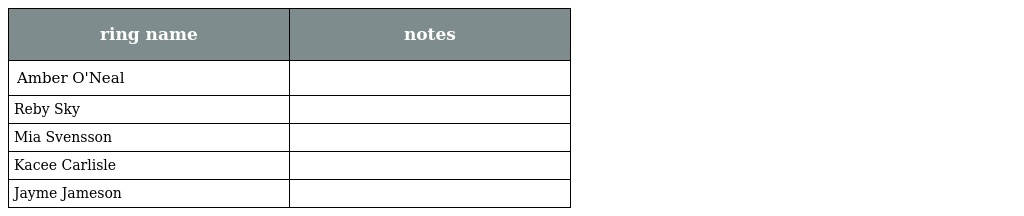
| ring name | notes |
 | --- | --- |
 | Amber O'Neal |  |
 | Reby Sky |  |
 | Mia Svensson |  |
 | Kacee Carlisle |  |
 | Jayme Jameson |  |